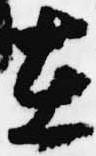
在